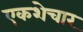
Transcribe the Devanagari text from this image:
एकशेचार